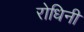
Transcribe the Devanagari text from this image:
रोधिनी